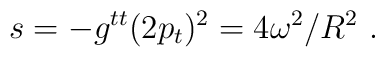
s = -g^{tt} (2p_t)^2 = 4\omega^2/R^2 \ .